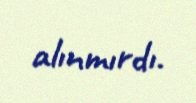
alınmırdı.